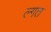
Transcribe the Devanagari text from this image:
ल्गत